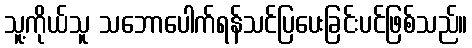
သူ့ကိုယ်သူ သဘောပေါက်ရန်သင်ပြပေးခြင်းပင်ဖြစ်သည်။